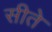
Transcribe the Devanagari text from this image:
सीते